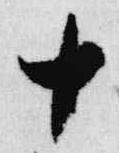
十